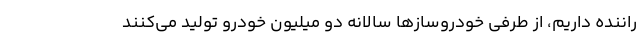
راننده داریم، از طرفی خودروسازها سالانه دو میلیون خودرو تولید می‌کنند